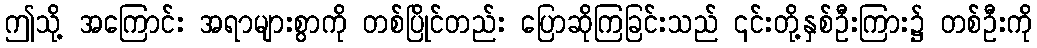
ဤသို့ အကြောင်း အရာများစွာကို တစ်ပြိုင်တည်း ပြောဆိုကြခြင်းသည် ၎င်းတို့နှစ်ဦးကြား၌ တစ်ဦးကို